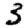
Digit: 3